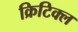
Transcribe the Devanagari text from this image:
क्रिटिक्ल